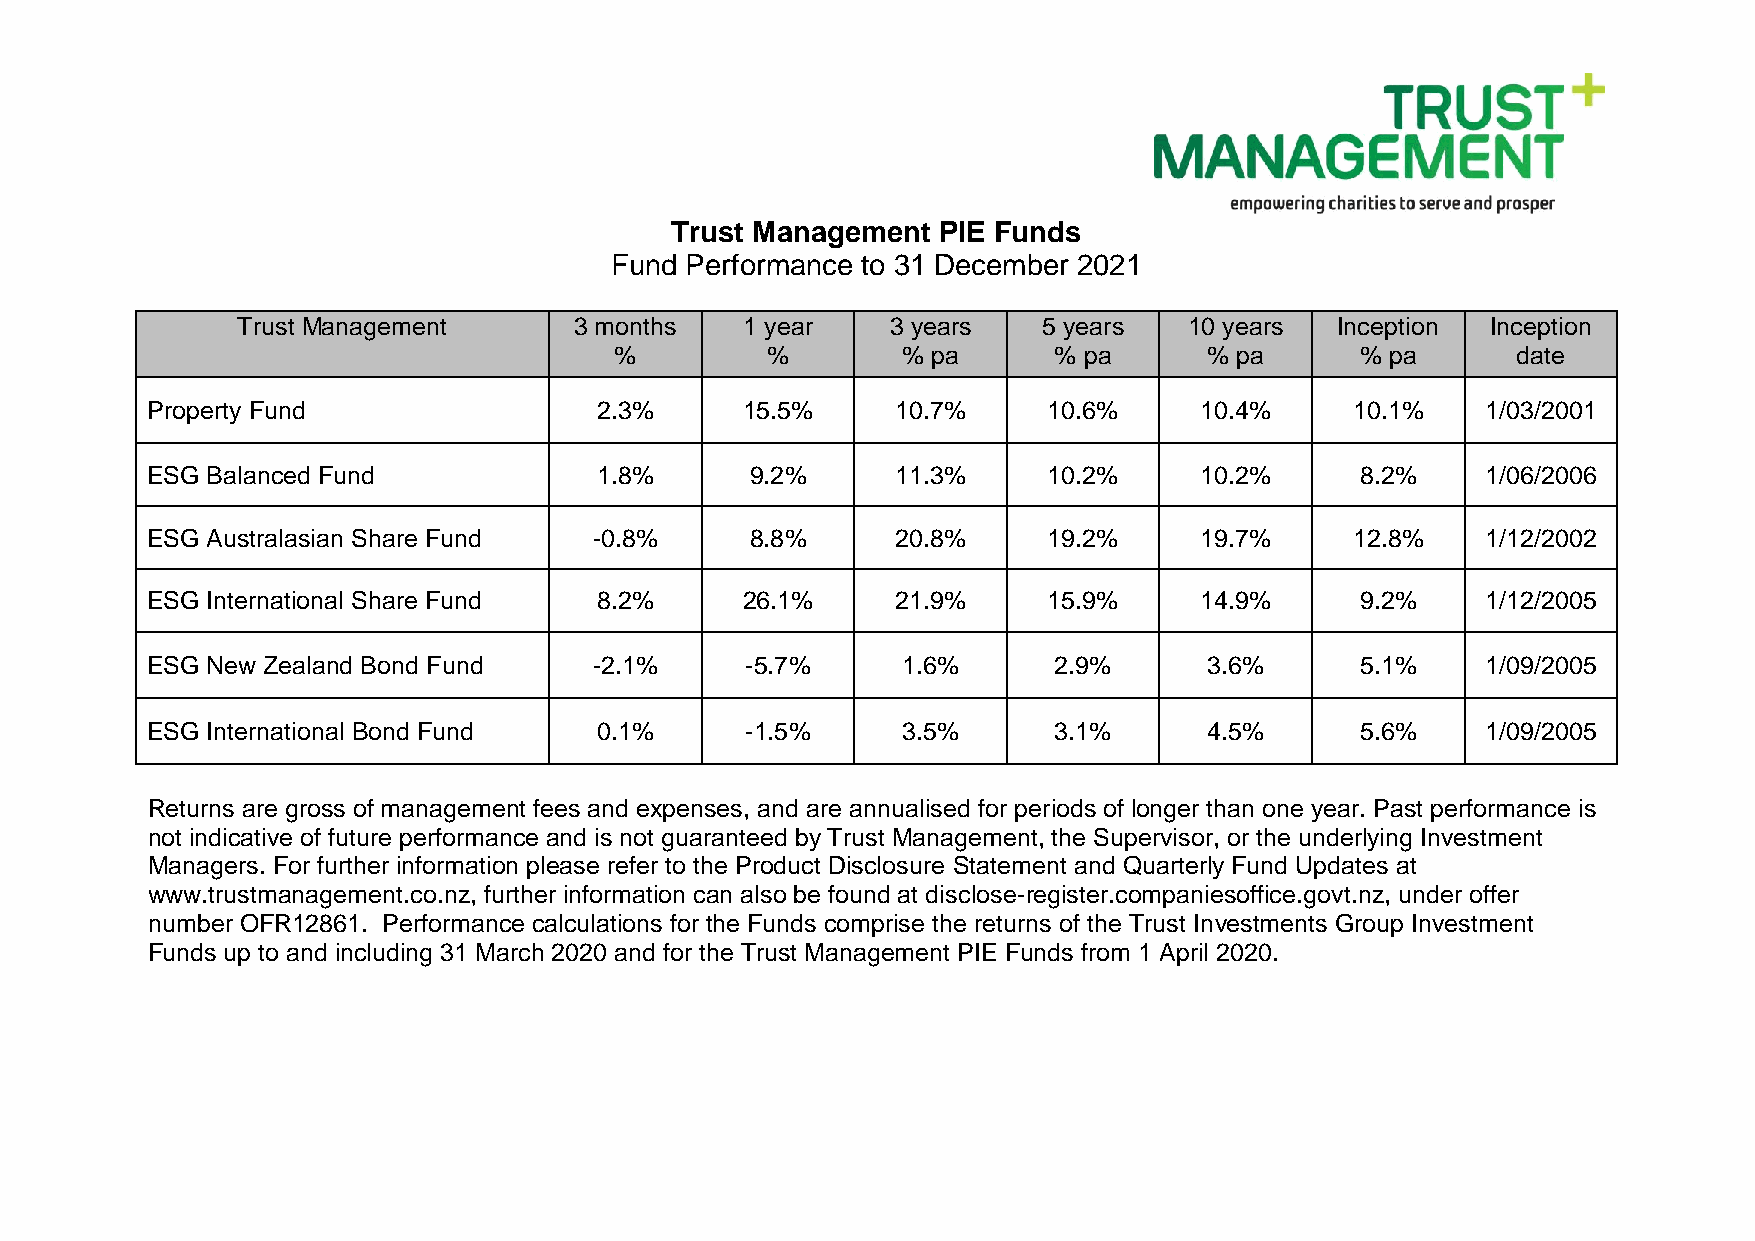
Trust Management  PIE Funds
 Fund Performance to 31 December 2021
 Trust Management      3 months   1 year    3 years   5 years   10 years Inception  Inception
 %         %        % pa      % pa      % pa      % pa      date
 Property Fund                2.3%      15.5%     10.7%     10.6%     10.4%      10.1%   1/03/2001
 ESG Balanced Fund            1.8%       9.2%     11.3%     10.2%     10.2%      8.2%    1/06/2006
 ESG Australasian Share Fund  -0.8%      8.8%     20.8%     19.2%     19.7%      12.8%   1/12/2002
 ESG International Share Fund 8.2%      26.1%     21.9%     15.9%     14.9%      9.2%    1/12/2005
 ESG New Zealand Bond Fund    -2.1%     -5.7%      1.6%      2.9%      3.6%      5.1%    1/09/2005
 ESG International Bond Fund  0.1%      -1.5%      3.5%      3.1%      4.5%      5.6%    1/09/2005
 Returns are gross of management fees and expenses, and are annualised for periods of longer than one year. Past performance is
 not indicative of future performance and is not guaranteed by Trust Management, the Supervisor, or the underlying Investment
 Managers. For further information please refer to the Product Disclosure Statement and Quarterly Fund Updates at
 www.trustmanagement.co.nz, further information can also be found at disclose-register.companiesoffice.govt.nz, under offer
 number OFR12861. Performance calculations for the Funds comprise the returns of the Trust Investments Group Investment
 Funds up to and including 31 March 2020 and for the Trust Management PIE Funds from 1 April 2020.